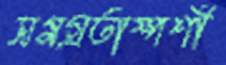
সমগ্রতাস্পর্শী